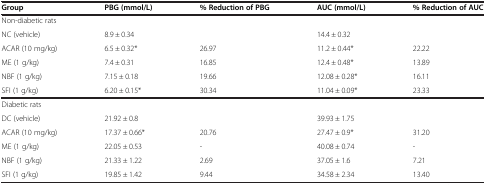
<table><thead><tr><td><b>Group</b></td><td><b>PBG (mmol/L)</b></td><td><b>% Reduction of PBG</b></td><td><b>AUC (mmol/L)</b></td><td><b>% Reduction of AUC</b></td></tr></thead><tbody><tr><td>Non-diabetic rats</td><td> </td><td> </td><td> </td><td> </td></tr><tr><td>NC (vehicle)</td><td>8.9 ± 0.34</td><td> </td><td>14.4 ± 0.32</td><td> </td></tr><tr><td>ACAR (10 mg/kg)</td><td>6.5 ± 0.32*</td><td>26.97</td><td>11.2 ± 0.44*</td><td>22.22</td></tr><tr><td>ME (1 g/kg)</td><td>7.4 ± 0.31</td><td>16.85</td><td>12.4 ± 0.48*</td><td>13.89</td></tr><tr><td>NBF (1 g/kg)</td><td>7.15 ± 0.18</td><td>19.66</td><td>12.08 ± 0.28*</td><td>16.11</td></tr><tr><td>SFI (1 g/kg)</td><td>6.20 ± 0.15*</td><td>30.34</td><td>11.04 ± 0.09*</td><td>23.33</td></tr><tr><td>Diabetic rats</td><td> </td><td> </td><td> </td><td> </td></tr><tr><td>DC (vehicle)</td><td>21.92 ± 0.8</td><td> </td><td>39.93 ± 1.75</td><td> </td></tr><tr><td>ACAR (10 mg/kg)</td><td>17.37 ± 0.66*</td><td>20.76</td><td>27.47 ± 0.9*</td><td>31.20</td></tr><tr><td>ME (1 g/kg)</td><td>22.05 ± 0.53</td><td>-</td><td>40.08 ± 0.74</td><td>-</td></tr><tr><td>NBF (1 g/kg)</td><td>21.33 ± 1.22</td><td>2.69</td><td>37.05 ± 1.6</td><td>7.21</td></tr><tr><td>SFI (1 g/kg)</td><td>19.85 ± 1.42</td><td>9.44</td><td>34.58 ± 2.34</td><td>13.40</td></tr></tbody></table>